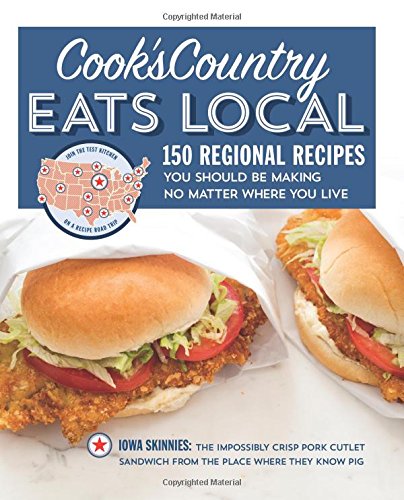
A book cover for Cook's Country Eats Local: 150 Regional Recipes You Should Be Making No Matter Where You Live; Cookbooks, Food & Wine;